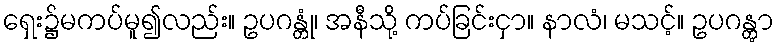
ရှေး၌မကပ်မူ၍လည်း။ ဥပဂန္တုံ၊ အနီသို့ ကပ်ခြင်းငှာ။ နာလံ၊ မသင့်။ ဥပဂန္တွာ